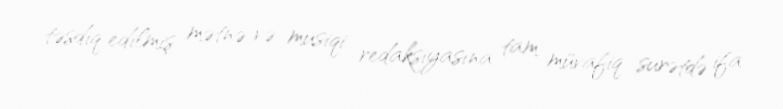
təsdiq edilmiş mətnə və musiqi redaksiyasına tam müvafiq surətdə ifa